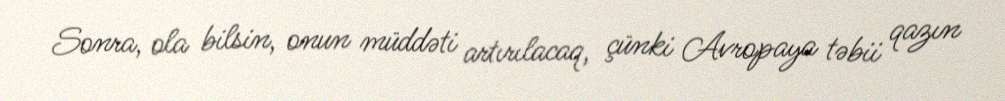
Sonra, ola bilsin, onun müddəti artırılacaq, çünki Avropaya təbii qazın